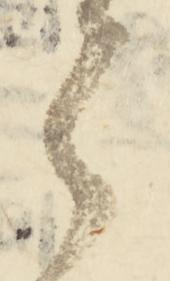
之